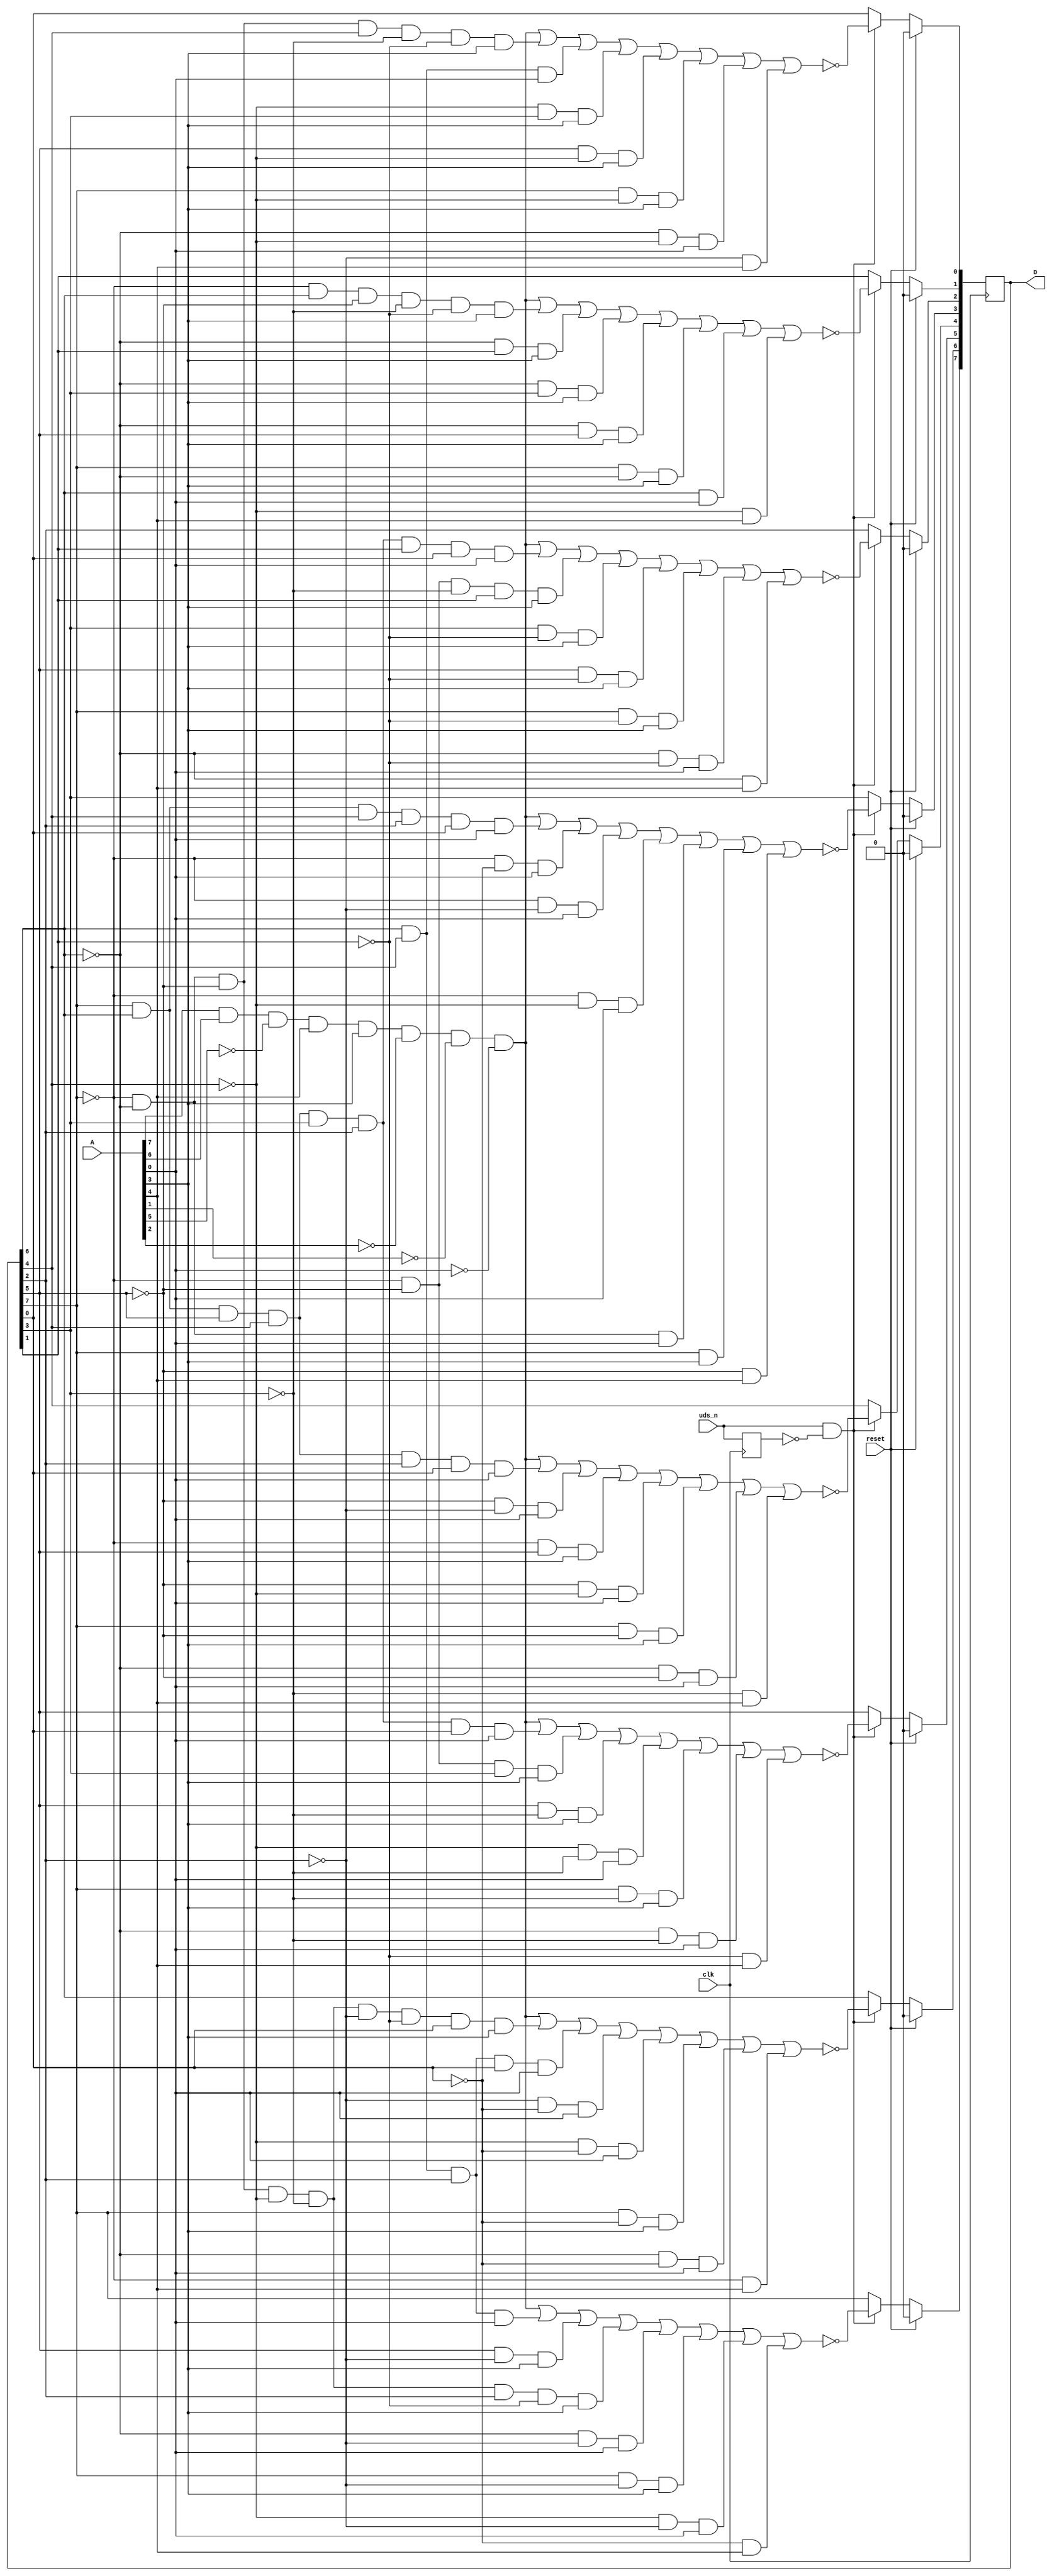
module cubase2_dongle (
	input clk,
	input reset, // POR actually
	input uds_n,
	input [8:1] A,
	output reg [15:8] D
);

reg uds_nD;
always @(posedge clk) begin
	uds_nD <= uds_n;
	if (reset) begin
		D <= 0;
	end
	else
	if (uds_n & !uds_nD) begin
		D[15] <= !( (A[8] & A[7] & !A[6] & A[5] & A[4] & !A[3] & !A[2] & !A[1])
		          | (         D[14] &  D[12]               &  D[10]                    & A[1] )
		          | (                D[13]               & !D[10]             & A[4] )
		          | ( !D[15] & !D[14] & !D[13] & !D[12] & !D[11] &  D[10] & !D[9]       & A[4] )
		          | (        !D[14]                      & !D[10]                    & A[1])
		          | (  D[15]                             & !D[10]             & A[4]  )
		          | (                      !D[12]        & !D[10]                    & A[1])
		          | (  !D[8] & A[5]));

		D[14] <= !((A[8] & A[7] & !A[6] & A[5] & A[4] & !A[3] & !A[2] & !A[1] )
		          | ( !D[15] & !D[14] & !D[13] & !D[12] & !D[11] & !D[10] & !D[9] &  D[8] & A[4])
		          | (         D[14]        &  D[12]        &  D[10]       &  D[8]        & A[1] )
		          | (                                    !D[10]       & !D[8]        & A[1] )
		          | (                      !D[12]                     & !D[8]        & A[1] )
		          | (  D[15]                                          & !D[8] & A[4])
		          | (        !D[14]                                   & !D[8]        & A[1] )
		          | ( !D[15] & A[5]));

		D[13] <= !((A[8] & A[7] & !A[6] & A[5] & A[4] & !A[3] & !A[2] & !A[1] )
		          | (  D[15] &  D[14] &  D[13] &  D[12] &  D[11] &  D[10]       &  D[8]        & A[1] )
		          | ( !D[15]        & !D[13]        &  D[11]                    & A[4] )
		          | (                D[13]        & !D[11]                    & A[4] )
		          | (                      !D[12] & !D[11]                           & A[1]  )
		          | (  D[15]                      & !D[11]                    & A[4] )
		          | (        !D[14]               & !D[11]                           & A[1]  )
		          | ( !D[9] & A[5]));

		D[12] <= !((A[8] & A[7] & !A[6] & A[5] & A[4] & !A[3] & !A[2] & !A[1])
		          | (  D[15] &  D[14] &  D[13] &  D[12]        &  D[10]       &  D[8]        & A[1] )
		          | (               !D[13]               & !D[10]                    & A[1]  )
		          | ( !D[15]        &  D[13]                                  & A[4]  )
		          | (               !D[13] & !D[12]                                  & A[1]  )
		          | (  D[15]        & !D[13]                                  & A[4] )
		          | (        !D[14] & !D[13]                                         & A[1] )
		          | ( !D[11] & A[5]));

		D[11] <= !((A[8] & A[7] & !A[6] & A[5] & A[4] & !A[3] & !A[2] & !A[1])
		          | (  D[15] &  D[14]        &  D[12]        &  D[10]       &  D[8]        & A[1] )
		          | ( !D[15]                                          & !D[8]        & A[1] )
		          | ( !D[15]                             & !D[10]                    & A[1] )
		          | ( !D[15]               & !D[12]                                  & A[1] )
		          | ( !D[15] & !D[14]                                                & A[1] )
		          | (  D[15]                                                & A[4] )
		          | ( !D[13] & A[5]));

		D[10] <= !((A[8] & A[7] & !A[6] & A[5] & A[4] & !A[3] & !A[2] & !A[1] )
		          | (  D[15] &  D[14] &  D[13] &  D[12] &  D[11] &  D[10] &  D[9] &  D[8]        & A[1] )
		          | ( !D[15]        & !D[13]        & !D[11]        &  D[9]       & A[4] )
		          | (                              D[11]        & !D[9]       & A[4] )
		          | (                D[13]                      & !D[9]       & A[4] )
		          | (  D[15]                                    & !D[9]       & A[4] )
		          | (        !D[14] & !D[9]                                          & A[1] )
		          | ( !D[14] & A[5]));

		D[9]  <= !((A[8] & A[7] & !A[6] & A[5] & A[4] & !A[3] & !A[2] & !A[1] )
		          | ( !D[15] &  D[14] & !D[13]         & !D[11]       & !D[9]       & A[4] )
		          | (        !D[14]                             &  D[9]       & A[4] )
		          | (        !D[14]                &  D[11]                   & A[4] )
		          | (        !D[14] &  D[13]                                  & A[4] )
		          | (  D[15] & !D[14]                                         & A[4] )
		          | (         D[14]                                                & A[1] )
		          | ( !D[12] & A[5]));

		D[8] <= !((A[8] & A[7] & !A[6] & A[5] & A[4] & !A[3] & !A[2] & !A[1] )
		          | ( !D[15] & !D[14] & !D[13] &  D[12] & !D[11]        & !D[9]       & A[4] )
		          | (         D[14]        &  D[12]                                  & A[1] )
		          | (                      !D[12] &  D[11]                    & A[4] )
		          | (                D[13] & !D[12]                           & A[4] )
		          | (  D[15]               & !D[12]                           & A[4] )
		          | (       !D[14]         & !D[12]                                  & A[1] )
		          | ( !D[10] & A[5]	));
	end

end

endmodule